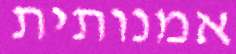
אמנותית